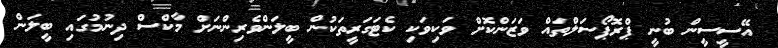
އޭސީސީން ބުނީ ޕްރޮޕޯސަލްތައް ވަޒަންކޮށް ވަކިވަކި ކެޓަގަރީތަކުން ބީލަންވެރިންނަށް މާކްސް ދިނުމުގައި ބީލަން